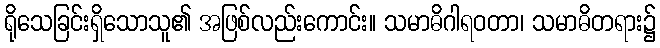
ရိုသေခြင်းရှိသောသူ၏ အဖြစ်လည်းကောင်း။ သမာဓိဂါရဝတာ၊ သမာဓိတရား၌